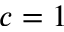
c = 1